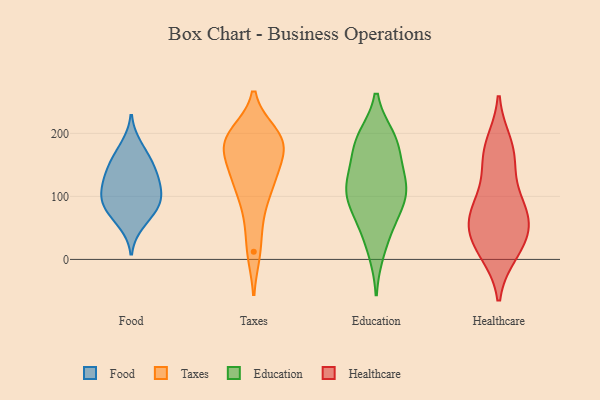
{"axis": {"x": "Page Views", "y": "Value"}, "legend": ["Education", "Food", "Healthcare", "Taxes"], "data": [{"x": "", "y": 148, "type": "Food"}, {"x": "", "y": 90, "type": "Food"}, {"x": "", "y": 56, "type": "Food"}, {"x": "", "y": 104, "type": "Food"}, {"x": "", "y": 101, "type": "Food"}, {"x": "", "y": 181, "type": "Food"}, {"x": "", "y": 79, "type": "Food"}, {"x": "", "y": 129, "type": "Food"}, {"x": "", "y": 161, "type": "Food"}, {"x": "", "y": 138, "type": "Food"}, {"x": "", "y": 77, "type": "Food"}, {"x": "", "y": 116, "type": "Food"}, {"x": "", "y": 198, "type": "Taxes"}, {"x": "", "y": 139, "type": "Taxes"}, {"x": "", "y": 187, "type": "Taxes"}, {"x": "", "y": 178, "type": "Taxes"}, {"x": "", "y": 68, "type": "Taxes"}, {"x": "", "y": 121, "type": "Taxes"}, {"x": "", "y": 183, "type": "Taxes"}, {"x": "", "y": 12, "type": "Taxes"}, {"x": "", "y": 187, "type": "Taxes"}, {"x": "", "y": 118, "type": "Taxes"}, {"x": "", "y": 192, "type": "Education"}, {"x": "", "y": 112, "type": "Education"}, {"x": "", "y": 132, "type": "Education"}, {"x": "", "y": 53, "type": "Education"}, {"x": "", "y": 184, "type": "Education"}, {"x": "", "y": 65, "type": "Education"}, {"x": "", "y": 108, "type": "Education"}, {"x": "", "y": 104, "type": "Education"}, {"x": "", "y": 92, "type": "Education"}, {"x": "", "y": 14, "type": "Education"}, {"x": "", "y": 175, "type": "Education"}, {"x": "", "y": 190, "type": "Education"}, {"x": "", "y": 126, "type": "Education"}, {"x": "", "y": 25, "type": "Healthcare"}, {"x": "", "y": 181, "type": "Healthcare"}, {"x": "", "y": 92, "type": "Healthcare"}, {"x": "", "y": 164, "type": "Healthcare"}, {"x": "", "y": 88, "type": "Healthcare"}, {"x": "", "y": 66, "type": "Healthcare"}, {"x": "", "y": 57, "type": "Healthcare"}, {"x": "", "y": 23, "type": "Healthcare"}, {"x": "", "y": 13, "type": "Healthcare"}, {"x": "", "y": 59, "type": "Healthcare"}, {"x": "", "y": 159, "type": "Healthcare"}]}